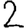
Digit: 2